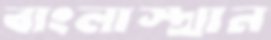
বাংলাস্থান